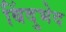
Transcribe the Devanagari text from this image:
बिंदुभेद